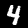
Label: 4